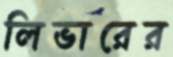
লিভারের